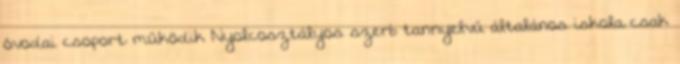
óvodai csoport működik Nyolcosztályos szerb tannyelvű általános iskola csak